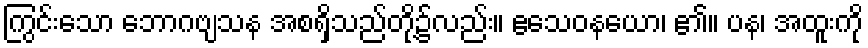
ကြွင်းသော ဘောဂဗျသန အစရှိသည်တို့၌လည်း။ ဧသေဝနယော၊ ၏။ ပန၊ အထူးကို